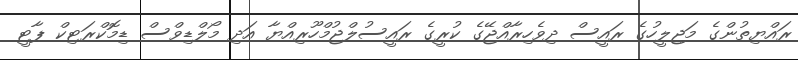
ރައްޔިތުންގެ މަޖިލީހުގެ ރައީސް ދިވެހިރާއްޖޭގެ ކުރީގެ ރައީސުލްޖުމްހޫރިއްޔާ އަދި މޯލްޑިވްސް ޑިމޮކްރަޓިކް ޕާޓީ